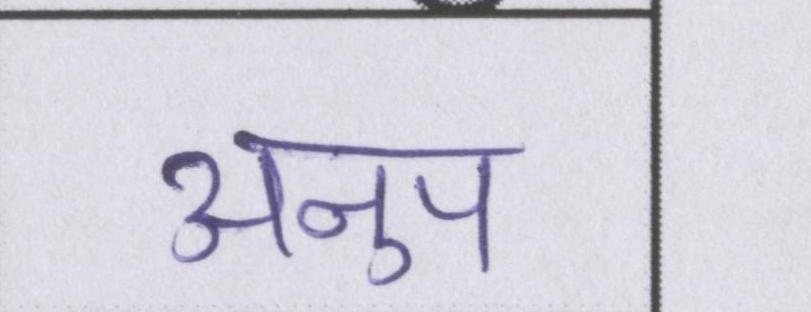
अनुप